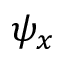
\psi _ { x }